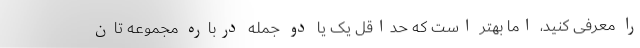
را معرفی کنید، اما بهتر است که حداقل یک یا دو جمله درباره مجموعه تان